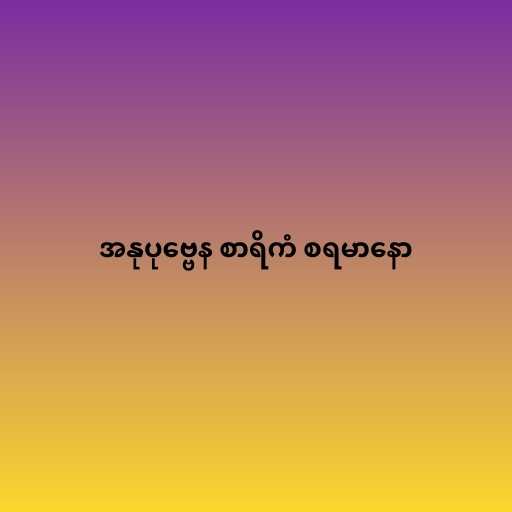
အနုပုဗ္ဗေန စာရိကံ စရမာနော